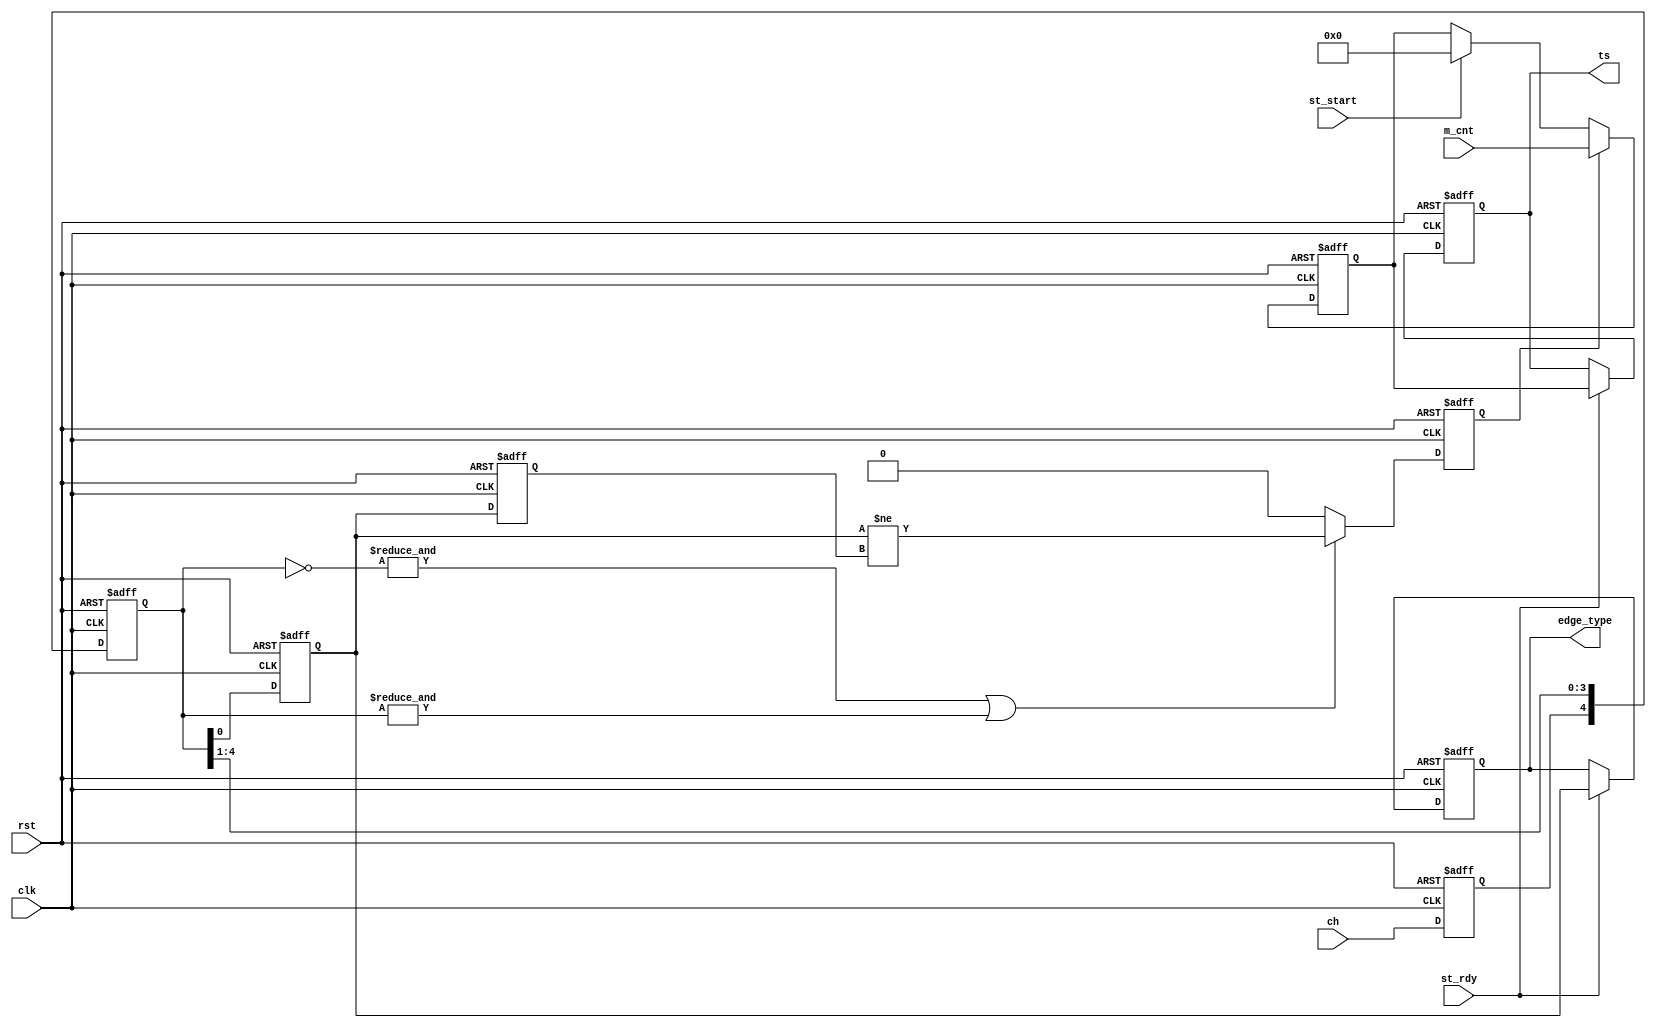
//*********Logical analyzer for long-term jitter monitoring*************
//
//  IP core, which timestamps input channel edges using FPGA clock
//
//MIREA - Russian Technological University, 2020
// 
//Distributed under the Creative Commons Attribution-ShareAlike license
//**********************************************************************

module ws_log_ch  #(parameter Nm = 16,        //Size of measurement
                              Na = 5          //Antibounce delay line length
)(
    input rst,                  //Async reset
    input clk,                  //Clock
    input ch,                   //Input channel
    input [Nm-1:0]m_cnt,        //Number of clocks from period start
    input st_start,             //Start of measurement
    input st_rdy,               //Strobe that measurement period is finished and ready to be transmitted
    output reg edge_type,       //Edge type (0 - negative edge, 1 - positive edge)
    output reg [Nm-1:0]ts       //Edge timestamp
);
/* verilator lint_off CLKDATA */


//Syncrhonizer
reg _ch;
reg s_ch;
reg ss_ch;
reg [Na-1:0]dl;     //Antibounce delay line

always @(posedge clk, posedge rst)
    if(rst)
     {_ch, dl, s_ch, ss_ch} <= 0;
    else
     {_ch, dl, s_ch, ss_ch} <= {ch, _ch, dl, s_ch};

//Edge detector
reg st_edge;

always @(posedge clk, posedge rst)
    if(rst)
        st_edge <= 0;
    else begin
            st_edge <= 0;
            if((&(~dl))|(&dl))              //if signal stays constant for Na cycles
               st_edge <= (s_ch!=ss_ch);
         end

//Timestamping
reg [Nm-1:0]pre_ts;

always @(posedge clk, posedge rst)
    if(rst)
    begin
        pre_ts <= 0;
    end else
        begin
            if(st_start)
                pre_ts <= 0;
            if(st_edge)
                pre_ts <= m_cnt;
        end

always @(posedge clk, posedge rst)
    if(rst)
    begin
        ts <= 0;
        edge_type <= 0;
    end 
    else if(st_rdy)
         begin
            edge_type <= s_ch;
            ts <= pre_ts;
         end
endmodule